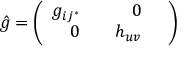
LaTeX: \hat { g } = \left( \begin{array} { l l } { { g _ { i j ^ { * } } } } & { { \quad 0 \quad } } \\ { { \quad 0 \quad } } & { { h _ { u v } } } \end{array} \right)